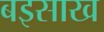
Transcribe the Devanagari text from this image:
बइसाख